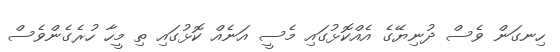
ހިނގަން ވެސް ދުނިޔޭގެ އެއްކޮޅުގައި މެސީ އަނެއް ކޮޅުގައި ތި މީހާ ހުރެގެންވެސް